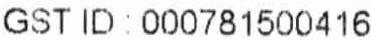
GST ID : 000781500416